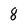
Character: 8